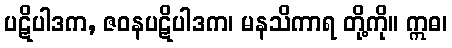
ပဋိပါဒက, ဇဝနပဋိပါဒက၊ မနသိကာရ တို့ကို။ ဣဓ၊